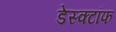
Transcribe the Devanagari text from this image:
डेस्क्टॉफ